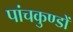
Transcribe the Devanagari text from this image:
पांचकुण्डों